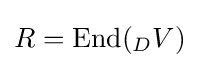
R=\mathrm {End} (_{D}V)